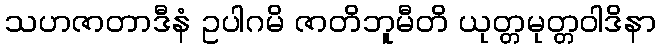
သဟဇာတာဒီနံ ဥပါဂမိ ဇာတိဘူမီတိ ယုတ္တမုတ္တဝါဒိနာ